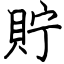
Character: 貯